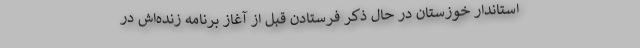
استاندار خوزستان در حال ذکر فرستادن قبل از آغاز برنامه زنده‌اش در